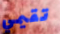
تقيمي